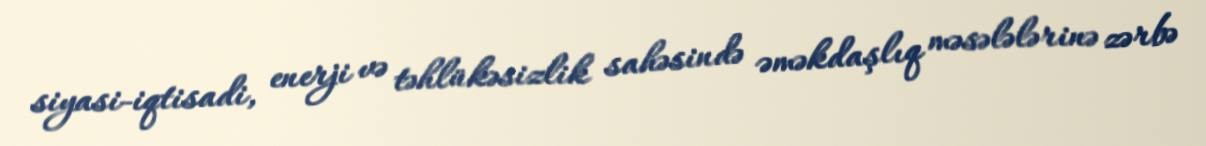
siyasi-iqtisadi, enerji və təhlükəsizlik sahəsində əməkdaşlıq məsələlərinə zərbə